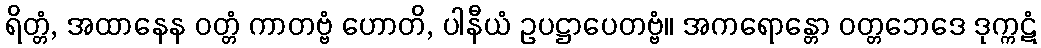
ရိတ္တံ, အထာနေန ဝတ္တံ ကာတဗ္ဗံ ဟောတိ, ပါနီယံ ဥပဋ္ဌာပေတဗ္ဗံ။ အကရောန္တော ဝတ္တဘေဒေ ဒုက္ကဋံ